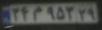
۲۴م۹۵۳۲۹